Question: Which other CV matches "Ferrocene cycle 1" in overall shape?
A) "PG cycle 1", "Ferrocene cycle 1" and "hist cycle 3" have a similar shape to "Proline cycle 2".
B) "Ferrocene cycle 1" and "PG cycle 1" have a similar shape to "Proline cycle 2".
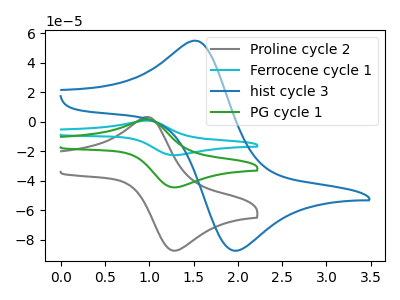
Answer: <think>The gray curve "Proline cycle 2" has an anodic peak at (1.00V, 3.35uA) and a cathodic peak at (1.25V, -87.20uA). The cyan curve "Ferrocene cycle 1" has an anodic peak at (1.00V, 3.40uA) and a cathodic peak at (1.25V, -88.70uA). The blue curve "hist cycle 3" has an anodic peak at (1.55V, 54.75uA) and a cathodic peak at (1.95V, -87.45uA). The green curve "PG cycle 1" has an anodic peak at (1.00V, 1.70uA) and a cathodic peak at (1.25V, -44.35uA).
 All the peaks in "Proline cycle 2" have a peak in "Ferrocene cycle 1" at the same potential. Every peak in "Proline cycle 2" is lower than every peak in "Ferrocene cycle 1". "Proline cycle 2" and "hist cycle 3" have at least one peak that do not match. All the peaks in "Proline cycle 2" have a peak in "PG cycle 1" at the same potential. Every peak in "Proline cycle 2" is higher than every peak in "PG cycle 1". "Ferrocene cycle 1" and "hist cycle 3" have at least one peak that do not match. All the peaks in "Ferrocene cycle 1" have a peak in "PG cycle 1" at the same potential. Every peak in "Ferrocene cycle 1" is higher than every peak in "PG cycle 1". "hist cycle 3" and "PG cycle 1" have at least one peak that do not match.</think>
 <answer>B) "Ferrocene cycle 1" and "PG cycle 1" have a similar shape to "Proline cycle 2".</answer>
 <eval>B</eval>